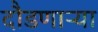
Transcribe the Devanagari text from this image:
दौडणाऱ्या